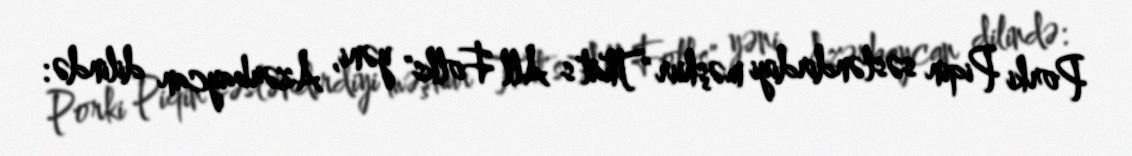
Porki Piqin səsləndirdiyi məşhur "That's All Folks" yəni, Azərbaycan dilində: